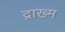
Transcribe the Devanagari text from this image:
द्राख्म